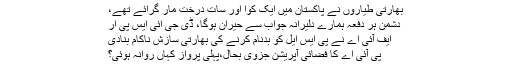
بھارتی طیاروں نے پاکستان میں ایک کوا اور سات درخت مار گرائے تھے،
دشمن ہر دفعہ ہمارے دلیرانہ جواب سے حیران ہوگا، ڈی جی آئی ایس پی آر
ایف آئی اے نے پی ایس ایل کو بدنام کرنے کی بھارتی سازش ناکام بنادی
پی آئی اے کا فضائی آپریشن جزوی بحال،پہلی پرواز کہاں روانہ ہوئی؟